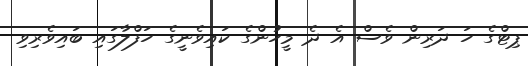
ޕިޓްގެ ހަ ދަރިން ވެސް އެ ދެ މީހުންގެ ކައިވެނީގެ ހަފްލާގައި ބައިވެރިވި